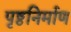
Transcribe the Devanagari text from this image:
पृष्ठनिर्माण